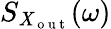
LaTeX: S_{\mathit{X}_{\mathrm{{~o~u~t~}}}}(\omega)